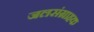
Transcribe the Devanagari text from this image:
जलसंग्राहक